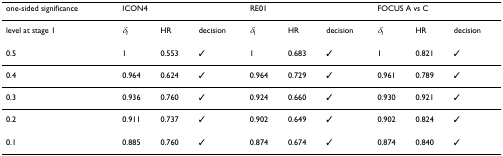
| one-sided significance | <COLSPAN=3> ICON4 | <COLSPAN=3> RE01 | <COLSPAN=3> FOCUS A vs C |
 | --- | --- | --- | --- | --- | --- | --- | --- | --- | --- |
 | level at stage 1 | δI | HR | decision | δI | HR | decision | δI | HR | decision |
 | 0.5 | 1 | 0.553 | ✓ | 1 | 0.683 | ✓ | 1 | 0.821 | ✓ |
 | 0.4 | 0.964 | 0.624 | ✓ | 0.964 | 0.729 | ✓ | 0.961 | 0.789 | ✓ |
 | 0.3 | 0.936 | 0.760 | ✓ | 0.924 | 0.660 | ✓ | 0.930 | 0.921 | ✓ |
 | 0.2 | 0.911 | 0.737 | ✓ | 0.902 | 0.649 | ✓ | 0.902 | 0.824 | ✓ |
 | 0.1 | 0.885 | 0.760 | ✓ | 0.874 | 0.674 | ✓ | 0.874 | 0.840 | ✓ |